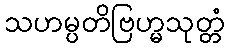
သဟမ္ပတိဗြဟ္မသုတ္တံ